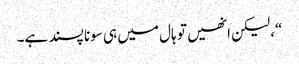
“، لیکن انھیں تو ہال میں ہی سونا پسند ہے۔